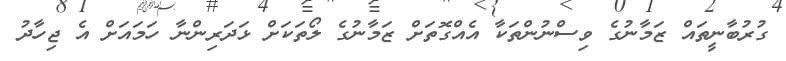
ގުރުބާނީތައް ޒަމާނުގެ ވިސްނުންތަކާ އެއްގޮތަށް ޒަމާނުގެ ލޯތަކަށް ޅަދަރިންނާ ހަމައަށް އެ ޖިހާދު